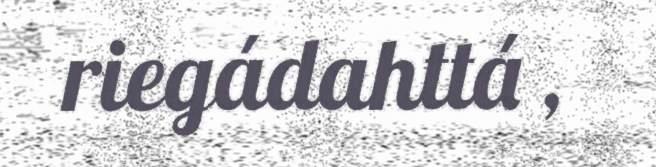
riegádahttá ,